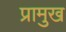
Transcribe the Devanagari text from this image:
प्रामुख